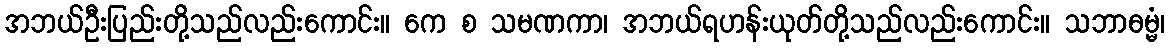
အဘယ်ဦးပြည်းတို့သည်လည်းကောင်း။ ကေ စ သမဏကာ၊ အဘယ်ရဟန်းယုတ်တို့သည်လည်းကောင်း။ သဘာဓမ္မံ၊